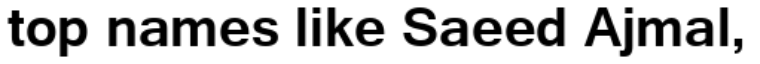
top names like Saeed Ajmal,